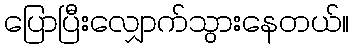
ပြောပြီးလျှောက်သွားနေတယ်။